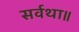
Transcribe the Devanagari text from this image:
सर्वथा॥